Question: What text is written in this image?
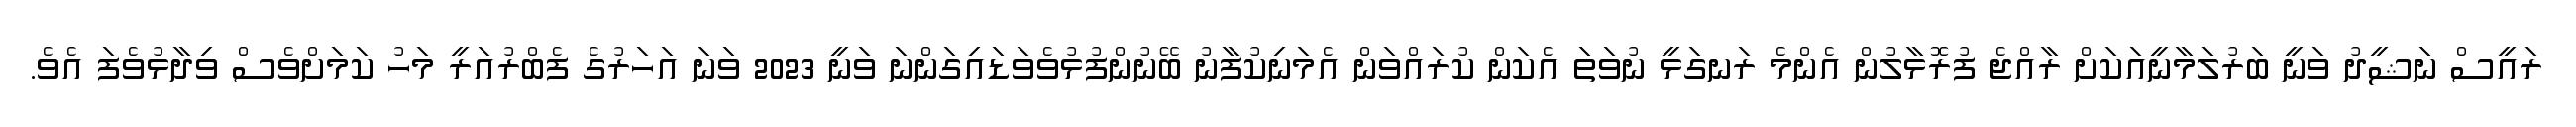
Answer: ރައީސް ނަޝީދު ވަނީ ބަރުލަމާނީއަކަށް ރާއްޖެ ފުރޮޅާލުން އެންމެ ރަނގަޅީ ނުވަތަ އެކަން ކުރައްވަން އެމަނިކުފާނު ބޭނުންފުޅުވެވަޑައިގަންނަ ވަނީ 2023 ވަނަ އަހަރުގެ ފެބްރުއަރީ މަހު ކަމަށްވެސް ވިދާޅުވެފަ އެވެ.